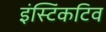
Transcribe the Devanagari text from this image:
इंस्टिंकटिव